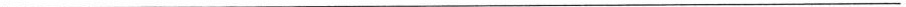
___